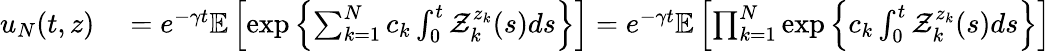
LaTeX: \begin{array}{rl}{u_{N}(t,z)}&{{}=e^{-\gamma t}\mathbb{E}\left[\exp\left\{ \sum_{k=1}^{N}c_{k}\int_{0}^{t}\mathcal{Z}_{k}^{z_{k}}(s)ds\right\} \right]=e^{-\gamma t}\mathbb{E}\left[\prod_{k=1}^{N}\exp\left\{ c_{k}\int_{0}^{t}\mathcal{Z}_{k}^{z_{k}}(s)ds\right\} \right]}\end{array}